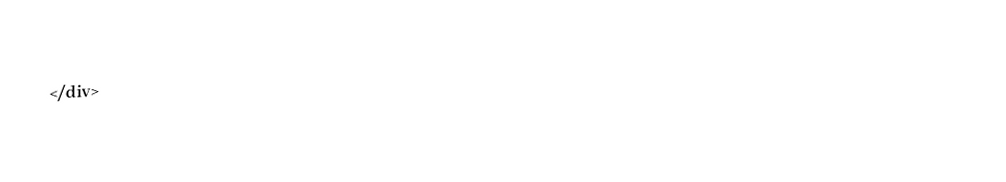
</div>